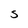
Character: S